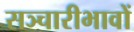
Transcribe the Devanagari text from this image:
सञ्चारीभावों